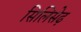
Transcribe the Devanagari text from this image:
सिलिसेढ़